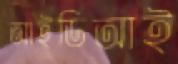
আইডিআই